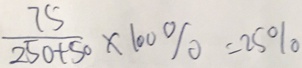
\frac { 7 5 } { 2 5 0 + 5 0 } \times 1 0 0 \% = 2 5 \%